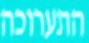
התערוכה